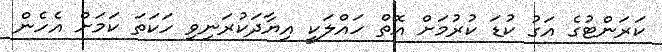
ކަރަންޓުގެ އަގު ކުޑަ ކުރުމަށް އޮތް ހައްލަކީ އިޔާދަކުރަނިވި ހަކަތަ ކަމަށް އެހެން